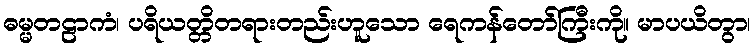
ဓမ္မတဠာကံ၊ ပရိယတ္တိတရားတည်းဟူသော ရေကန်တော်ကြီးကို။ မာပယိတွာ၊